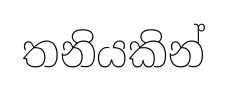
තනියකින්